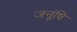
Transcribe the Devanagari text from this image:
जनूंषि